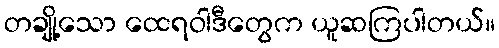
တချို့သော ထေရဝါဒီတွေက ယူဆကြပါတယ်။